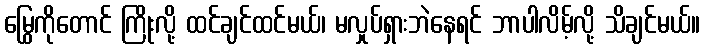
မြွေကိုတောင် ကြိုးလို့ ထင်ချင်ထင်မယ်၊ မလှုပ်ရှားဘဲနေရင် ဘာပါလိမ့်လို့ သိချင်မယ်။